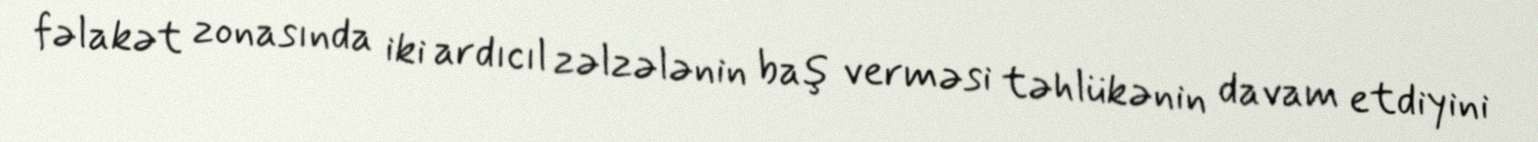
fəlakət zonasında iki ardıcıl zəlzələnin baş verməsi təhlükənin davam etdiyini